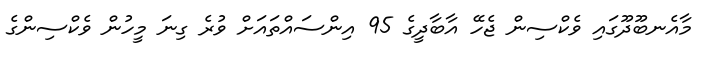
މާއެނބޫދޫގަައި ވެކްސިން ޖެހޭ އާބާދީގެ 95 އިންސައްތައަށް ވުރެ ގިނަ މީހުން ވެކްސިންގެ